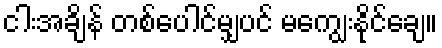
ငါးအချိန် တစ်ပေါင်မျှပင် မကျွေးနိုင်ချေ။